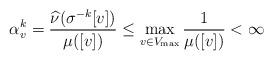
LaTeX: \begin{align*}\alpha_v^k = \frac{\widehat{\nu}(\sigma^{-k}[v])}{\mu([v])} \le \max_{v \in V_{\max}} \frac{1}{\mu([v])} < \infty \end{align*}